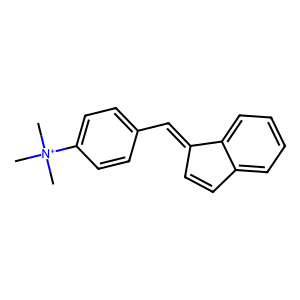
SMILES: C[N+](C)(C)c1ccc(C=C2C=Cc3ccccc32)cc1
Inhibits HIV replication: No